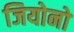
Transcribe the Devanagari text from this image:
जियोनो